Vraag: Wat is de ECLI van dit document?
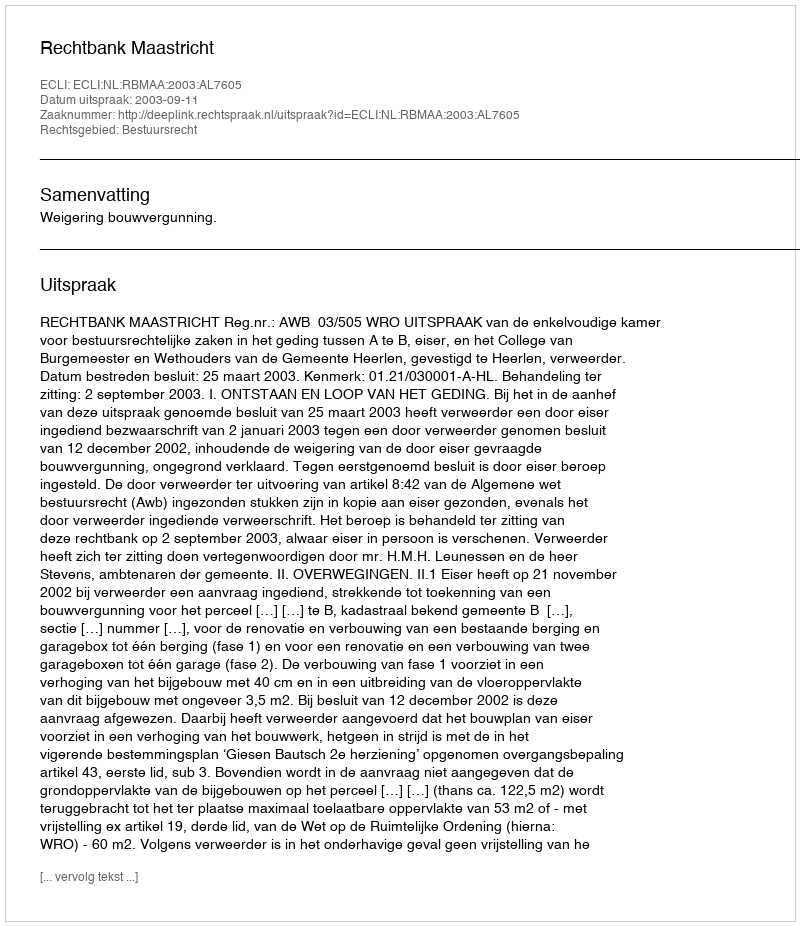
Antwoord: ECLI:NL:RBMAA:2003:AL7605